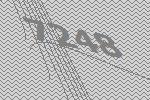
7248